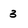
Character: 3